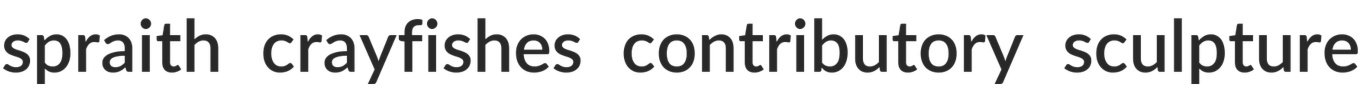
spraith crayfishes contributory sculpture